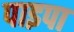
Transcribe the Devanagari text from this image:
पाइपा